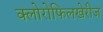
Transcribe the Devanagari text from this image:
क्लोरोफिलखेरीज